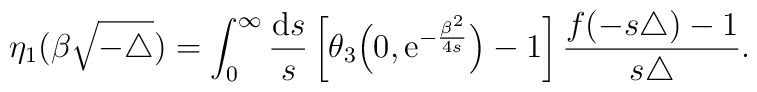
\eta_{1}  (\beta \sqrt{-\triangle})	=	\int_0^\infty { {\mathrm{d}} s\over s}	\left[\theta_3\Big(0,{\mathrm e}^{-{\beta^2\over 4s}}\Big)-1\right]	\frac{f(-s\triangle)-1}{s\triangle}.